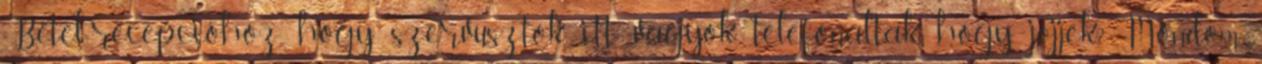
Bétel-recepcióhoz, hogy szervusztok, itt vagyok, telefonáltak, hogy jöjjek? Mondom